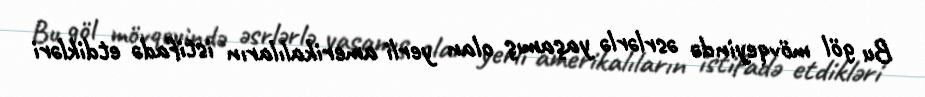
Bu göl mövqeyində əsrlərlə yaşamış olan yerli amerikalıların istifadə etdikləri